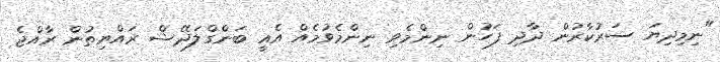
"ނިމިދިޔަ ސަރުކާރުން ދާދި ފަހުން ނިންމެވި ނިންމެވުމެއް އެއީ ބަންގްލަދޭޝް ރައްޔިތުން ރާއްޖެ